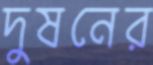
দুষনের